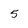
Character: 5